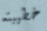
خطيبته